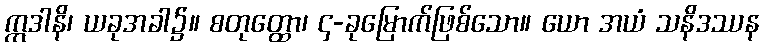
ဣဒါနိ၊ ယခုအခါ၌။ စတုတ္ထော၊ ၄-ခုမြောက်ဖြစ်သော။ ယော အယံ သနိဒဿန